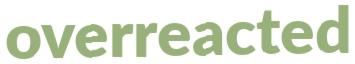
overreacted